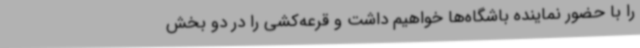
را با حضور نماینده باشگاه‌ها خواهیم داشت و قرعه‌کشی را در دو بخش